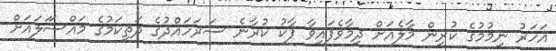
އަހަރު ނިމުމުގެ ކުރިން މާލެއަށް ދިމާވެފައިވާ ޕާކު ކުރާނެ ސަރަހައްދުގެ ދަތިކަމުގެ މައްސަަލައަށް